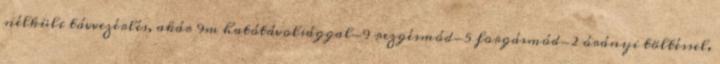
nélküli távvezérlés, akár 9m hatótávolsággal-9 rezgésmód-5 forgásmód-2 órányi töltéssel,